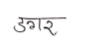
मजकूर: डगर